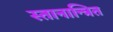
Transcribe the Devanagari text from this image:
स्तानान्त्रित